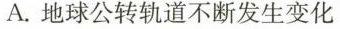
A.地球公转轨道不断发生变化